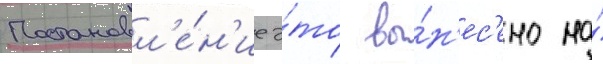
Постановл'е́н'ие э́то вы́н'ес'ено на́